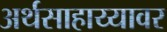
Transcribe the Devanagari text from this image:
अर्थसाहाय्यावर